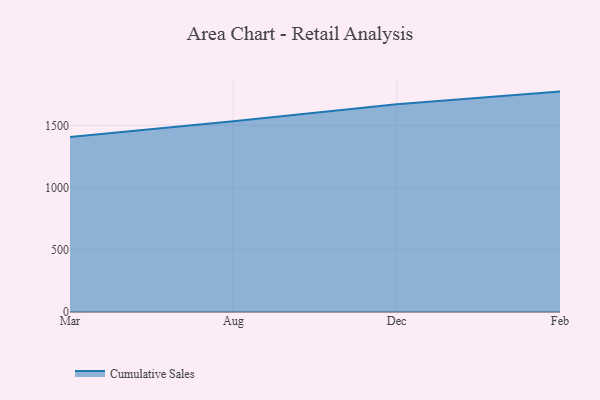
{"axis": {"x": "Month", "y": "Demand Index"}, "legend": ["Cumulative Sales"], "data": [{"x": "Mar", "y": 1405.2, "type": "Cumulative Sales"}, {"x": "Aug", "y": 1532.8, "type": "Cumulative Sales"}, {"x": "Dec", "y": 1668.4, "type": "Cumulative Sales"}, {"x": "Feb", "y": 1770.8, "type": "Cumulative Sales"}]}